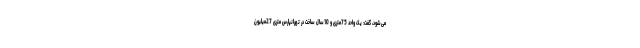
می‌شود، گفت: یک واحد 75متری و 10سال ساخت در تهرانپارس متری 27میلیون